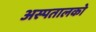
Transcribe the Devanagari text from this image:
अस्पतालको